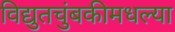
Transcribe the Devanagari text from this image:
विद्युतचुंबकीमधल्या